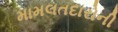
મામલતદારોની